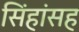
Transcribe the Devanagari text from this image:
सिंहांसह